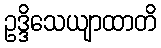
ဥဒ္ဒိသေယျာထာတိ